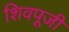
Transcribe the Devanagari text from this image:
शिवपूजी